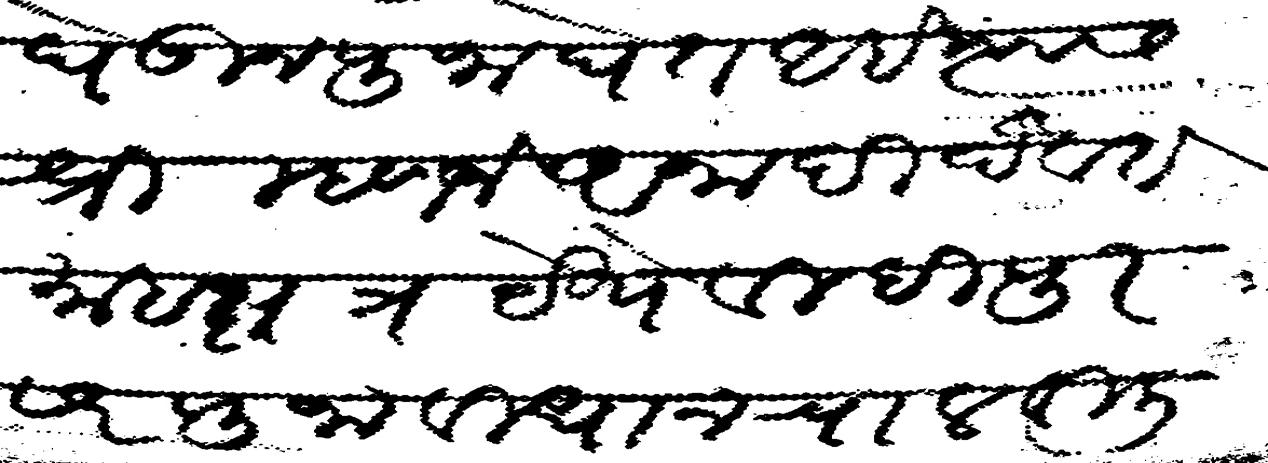
Transliteration (Devanagari): घेऊन पुजा घेत आहे त्यास श्री म्हणजे अनादी दैवत माहाक्षत्र येथे वीदीपुरसर पुजा वीधान चालवीली